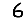
Digit: 6